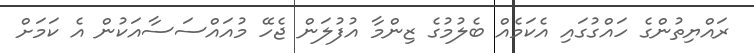
ރައްޔިތުންގެ ހައްގުގައި އެކަމެއް ބެލުމުގެ ޒިންމާ އުފުލަން ޖެހޭ މުއައްސަސާއަކުން އެ ކަމަށް